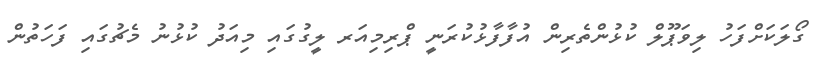
ގޯލަކަށްފަހު ލިވަޕޫލް ކުޅުންތެރިން އުފާފާޅުކުރަނީ ޕްރިމިއަރ ލީގުގައި މިއަދު ކުޅުނު މެޗުގައި ފަހަތުން